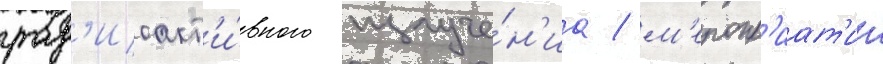
рад'иоакт'и́вного излуче́н'иа / м'еропр'иат'ии